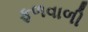
ફળવાળી